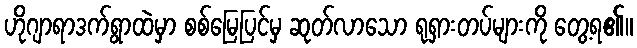
ဟိုဂျာရာဒက်ရွာထဲမှာ စစ်မြေပြင်မှ ဆုတ်လာသော ရုရှားတပ်များကို တွေ့ရ၏။